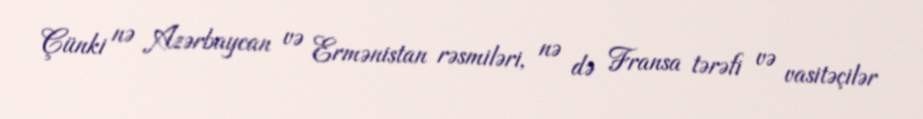
Çünki nə Azərbaycan və Ermənistan rəsmiləri, nə də Fransa tərəfi və vasitəçilər